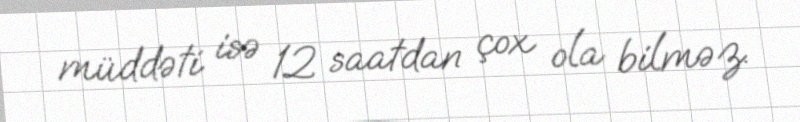
müddəti isə 12 saatdan çox ola bilməz.